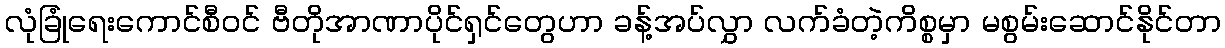
လုံခြုံရေးကောင်စီဝင် ဗီတိုအာဏာပိုင်ရှင်တွေဟာ ခန့်အပ်လွှာ လက်ခံတဲ့ကိစ္စမှာ မစွမ်းဆောင်နိုင်တာ